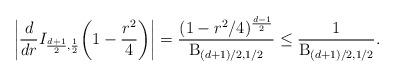
LaTeX: \begin{align*}\biggl|\frac{d}{dr} I_{\frac{d+1}{2},\frac{1}{2}} \biggl(1- \frac{r^2}{4}\biggr) \biggr|= \frac{(1-r^2/4)^\frac{d-1}{2}}{\mathrm{B}_{(d+1)/2,1/2}} \leq \frac{1}{\mathrm{B}_{(d+1)/2,1/2}}.\end{align*}